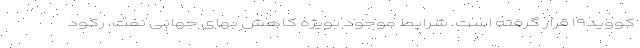
کووید۱۹ قرار گرفته است. شرایط موجود بویژه کاهش بهای جهانی نفت، رکود